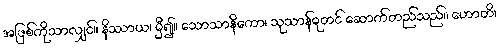
အဖြစ်ကိုသာလျှင်။ နိဿာယ၊ မှီ၍။ သောသာနိကော၊ သုသာန်ဓုတင် ဆောက်တည်သည်။ ဟောတိ၊